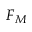
F _ { M }